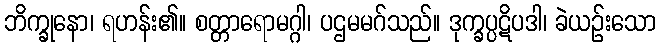
ဘိက္ခုနော၊ ရဟန်း၏။ စတ္တာရောမဂ္ဂါ၊ ပဌမမဂ်သည်။ ဒုက္ခပ္ပဋိပဒါ၊ ခဲယဉ်းသော